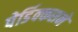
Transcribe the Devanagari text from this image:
पेर्डिक्कसने